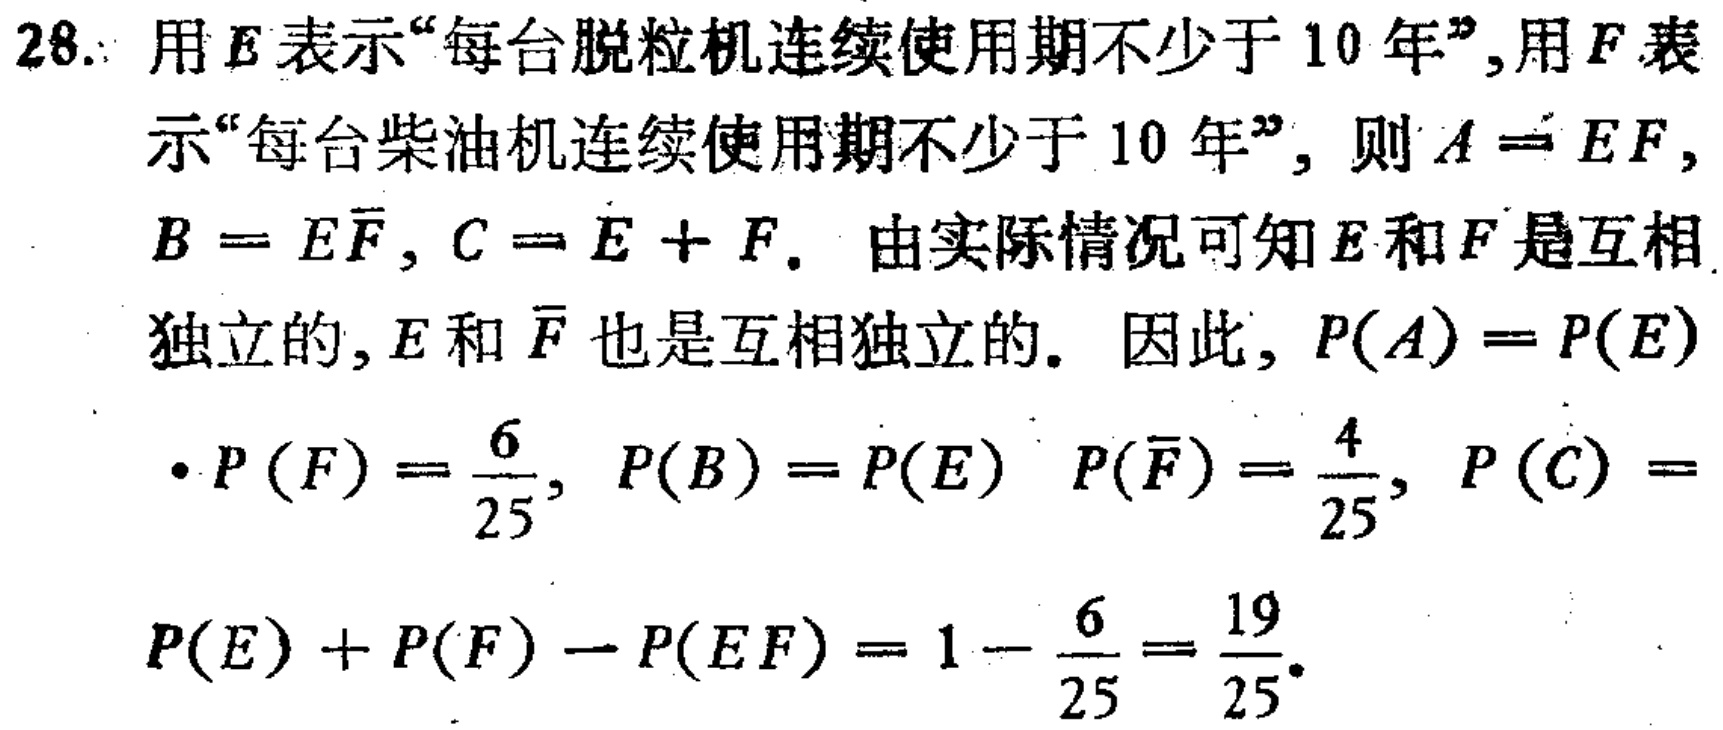
28. 用 \(E\) 表示“每台脱粒机连续使用期不少于 10 年”,用 \(F\) 表示“每台柴油机连续使用期不少于 10 年”, 则 \(A = EF\), \(B = E\overline{F}\), \(C = E + F\). 由实际情况可知 \(E\) 和 \(F\) 是互相独立的, \(E\) 和 \(\overline{F}\) 也是互相独立的. 因此, \(P(A)=P(E)\)

\(\cdot P(F)=\frac{6}{25}\), \(P(B)=P(E)\ P(\overline{F})=\frac{4}{25}\), \(P(C)=\)

\(P(E)+P(F)-P(EF)=1 - \frac{6}{25}=\frac{19}{25}\).